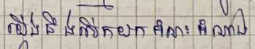
យើងនឹងលើកយកអំណះអំណាង